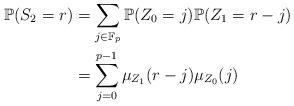
LaTeX: \begin{align*}\mathbb{P}(S_2 = r)& = \sum_{j \in \mathbb{F}_p} \mathbb{P}(Z_0 = j)\mathbb{P}( Z_1 = r-j)\\& = \sum_{j=0}^{p-1} \mu_{Z_1}(r-j) \mu_{Z_0}(j)\end{align*}